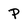
Character: P